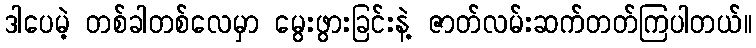
ဒါပေမဲ့ တစ်ခါတစ်လေမှာ မွေးဖွားခြင်းနဲ့ ဇာတ်လမ်းဆက်တတ်ကြပါတယ်။